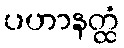
ပဟာနတ္ထံ